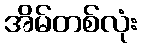
အိမ်တစ်လုံး